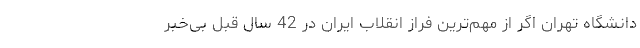
دانشگاه تهران اگر از مهم‌ترین فراز انقلاب ایران در 42 سال قبل بی‌خبر